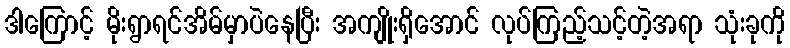
ဒါကြောင့် မိုးရွာရင်အိမ်မှာပဲနေပြီး အကျိုးရှိအောင် လုပ်ကြည့်သင့်တဲ့အရာ သုံးခုကို